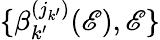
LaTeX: \{ \beta_{k^{\prime}}^{(j_{k^{\prime}})}(\mathscr{E}),\mathscr{E}\}